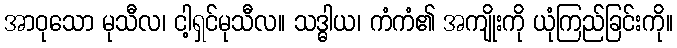
အာဝုသော မုသီလ၊ ငါ့ရှင်မုသီလ။ သဒ္ဓါယ၊ ကံကံ၏ အကျိုးကို ယုံကြည်ခြင်းကို။